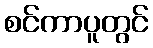
စင်ကာပူတွင်